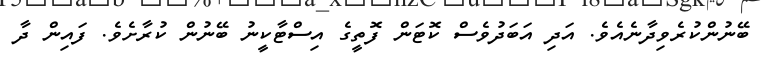
ބޭނުންކުރެވިދާނެއެވެ. އަދި އަބަދުވެސް ކޮޓަން ފޮތީގެ އިސްޓާކީނު ބޭނުން ކުރާށެވެ. ފައިން ދާ